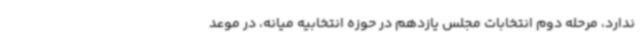
ندارد، مرحله دوم انتخابات مجلس یازدهم در حوزه انتخابیه میانه، در موعد